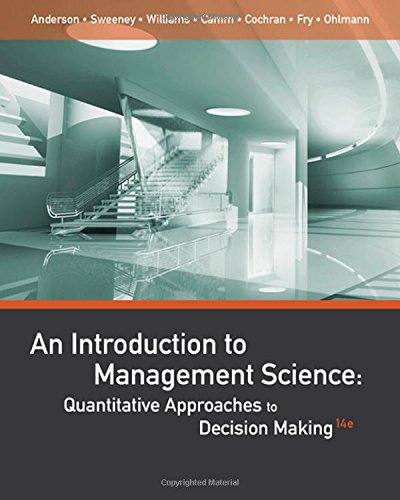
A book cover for An Introduction to Management Science: Quantitative Approaches to Decision Making; David R. Anderson; Science & Math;